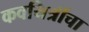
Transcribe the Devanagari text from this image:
कवयित्रींचा